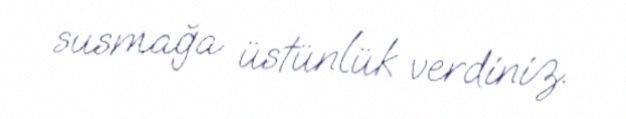
susmağa üstünlük verdiniz.